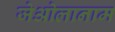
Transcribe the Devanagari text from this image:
जेओलानाम